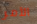
الأمر